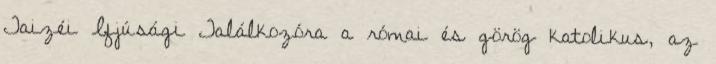
Taizéi Ifjúsági Találkozóra a római és görög katolikus, az